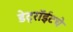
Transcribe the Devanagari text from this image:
डेट्रॉईटचे